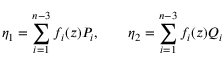
\eta _ { 1 } = \sum _ { i = 1 } ^ { n - 3 } f _ { i } ( z ) P _ { i } , ~ ~ ~ ~ ~ ~ \eta _ { 2 } = \sum _ { i = 1 } ^ { n - 3 } f _ { i } ( z ) Q _ { i }